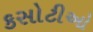
કસોટીઓ